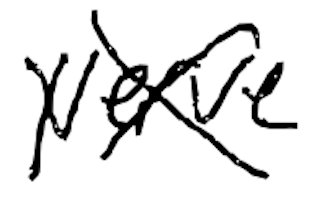
Text: Nerve
Cross-out: cross
Writing tool: digital_black